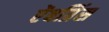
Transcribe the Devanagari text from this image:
ऐंबग्रिंस